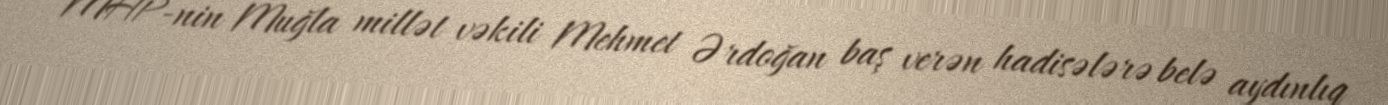
MHP-nin Muğla millət vəkili Mehmet Ərdoğan baş verən hadisələrə belə aydınlıq